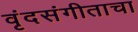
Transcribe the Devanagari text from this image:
वृंदसंगीताचा